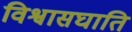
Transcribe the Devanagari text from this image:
विश्वासघाति